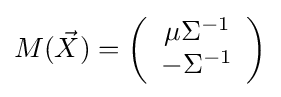
M({\vec {X}})=\left({\begin{array}{*{20}c}\mu \Sigma ^{-1}\\-\Sigma ^{-1}\end{array}}\right)